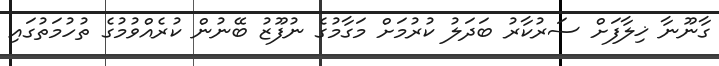
ގާނޫނާ ޚިލާފަށް ސަރުކާރު ބަދަލު ކުރުމަށް މަގާމުގެ ނުފޫޒު ބޭނުން ކުރެއްވުމުގެ ތުހުމަތުގައި